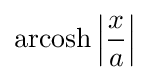
\operatorname {arcosh} \left|{\frac {x}{a}}\right|